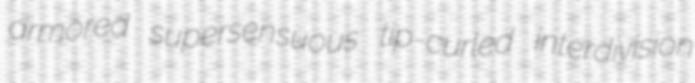
armored supersensuous tip-curled interdivision